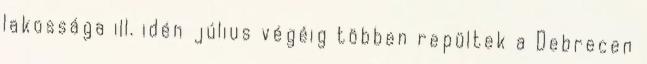
lakossága ill. idén július végéig többen repültek a Debrecen